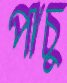
পাচু